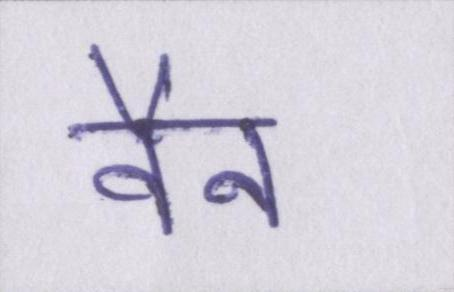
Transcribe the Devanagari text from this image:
वैन